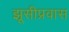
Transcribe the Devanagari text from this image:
झूसीप्रवास